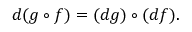
d ( g \circ f ) = ( d g ) \circ ( d f ) .